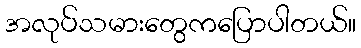
အလုပ်သမားတွေကပြောပါတယ်။